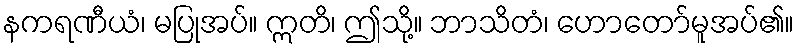
နကရဏီယံ၊ မပြုအပ်။ ဣတိ၊ ဤသို့။ ဘာသိတံ၊ ဟောတော်မူအပ်၏။